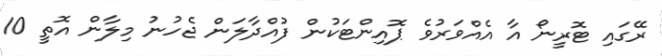
ރޭގައި ޓޮރީނޯ އާ އެއްވަރުވެ ޕޮއިންޓަކުން ފުއްދާލަން ޖެހުނު މިލާން އޮތީ 10